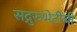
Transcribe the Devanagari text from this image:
सद्गुरुभेटीची